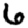
Digit: 6